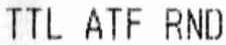
TTL ATF RND